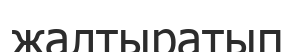
жалтыратып